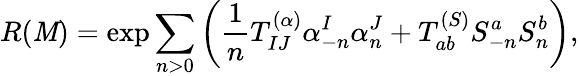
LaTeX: R(\mathit{M})=\exp\sum_{n>0}\left({\frac{{1}}{{n}}}T_{IJ}^{(\alpha)}\alpha_{-n}^{I}{\alpha}_{n}^{J}+T_{ab}^{(S)}S_{-n}^{a}{S}_{n}^{b}\right),